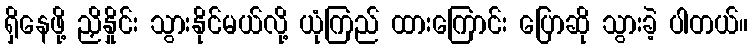
ရှိနေဖို့ ညှိနှိုင်း သွားနိုင်မယ်လို့ ယုံကြည် ထားကြောင်း ပြောဆို သွားခဲ့ ပါတယ်။